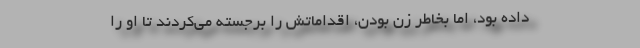
داده بود، اما بخاطر زن بودن، اقداماتش را برجسته می‌کردند تا او را